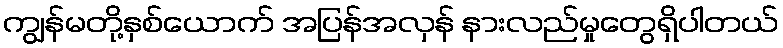
ကျွန်မတို့နှစ်ယောက် အပြန်အလှန် နားလည်မှုတွေရှိပါတယ်